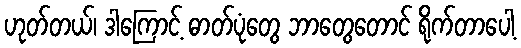
ဟုတ်တယ်၊ ဒါကြောင့် ဓာတ်ပုံတွေ ဘာတွေတောင် ရိုက်တာပေါ့